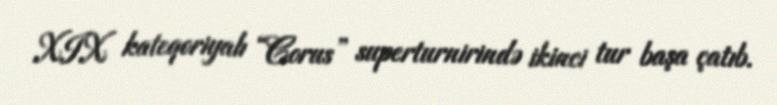
XIX kateqoriyalı “Corus” superturnirində ikinci tur başa çatıb.